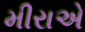
મીરાએ